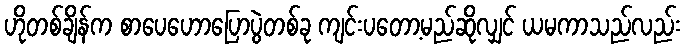
ဟိုတစ်ချိန်က စာပေဟောပြောပွဲတစ်ခု ကျင်းပတော့မည်ဆိုလျှင် ယမကာသည်လည်း